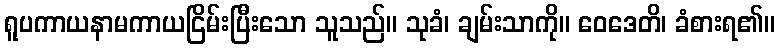
ရူပကာယနာမကာယငြိမ်းပြီးသော သူသည်။ သုခံ၊ ချမ်းသာကို။ ဝေဒေတိ၊ ခံစားရ၏။